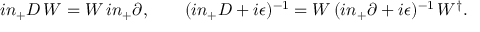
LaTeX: i n _ { + } D \, W = W \, i n _ { + } \partial , \qquad ( i n _ { + } D + i \epsilon ) ^ { - 1 } = W \, ( i n _ { + } \partial + i \epsilon ) ^ { - 1 } \, W ^ { \dagger } .